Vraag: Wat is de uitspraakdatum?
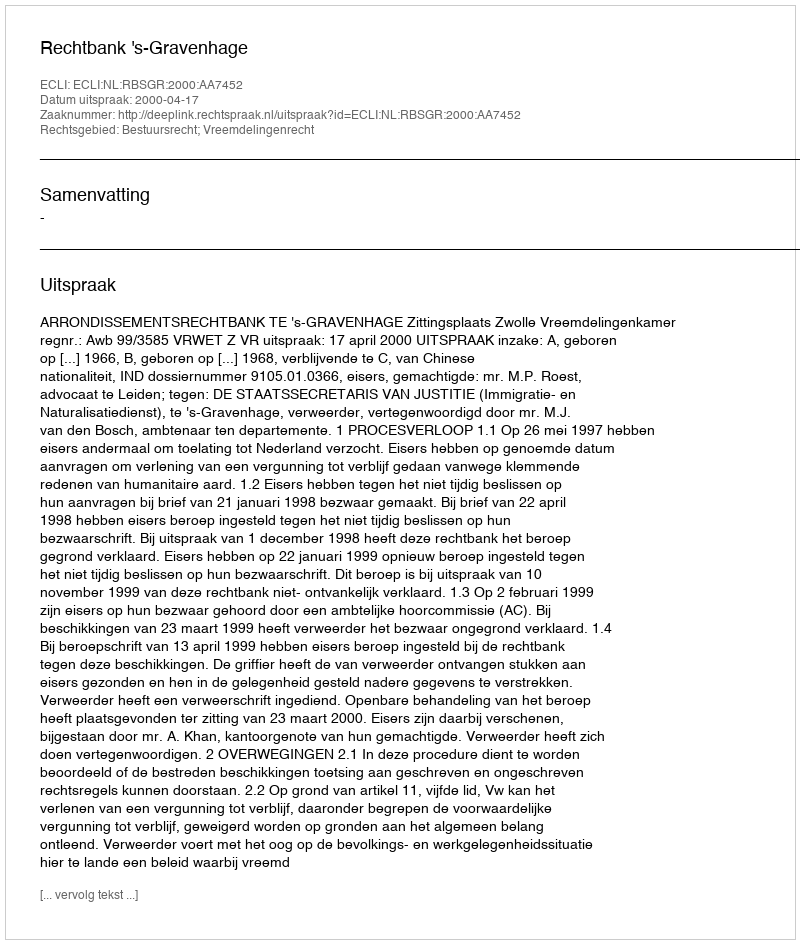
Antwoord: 2000-04-17